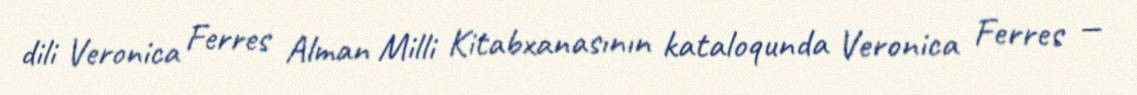
dili Veronica Ferres Alman Milli Kitabxanasının kataloqunda Veronica Ferres —